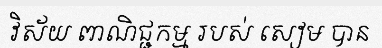
វិស័យ ពាណិជ្ជកម្ម របស់ សៀម បាន